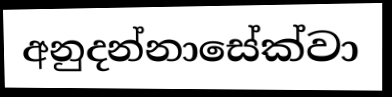
අනුදන්නාසේක්වා